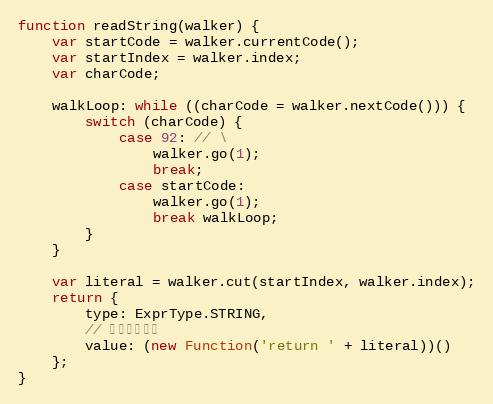
Language: JavaScript
function readString(walker) {
    var startCode = walker.currentCode();
    var startIndex = walker.index;
    var charCode;

    walkLoop: while ((charCode = walker.nextCode())) {
        switch (charCode) {
            case 92: // \
                walker.go(1);
                break;
            case startCode:
                walker.go(1);
                break walkLoop;
        }
    }

    var literal = walker.cut(startIndex, walker.index);
    return {
        type: ExprType.STRING,
        // 处理字符转义
        value: (new Function('return ' + literal))()
    };
}